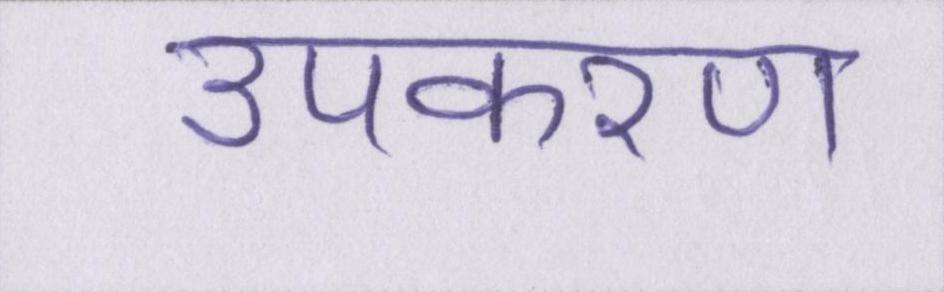
उपकरण